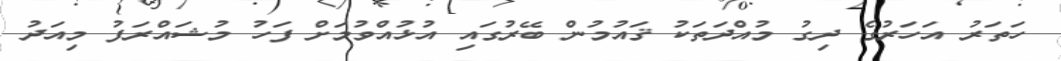
ހަތަރު އަހަރުގެ ދިގު މުއްދަތަކު ޤައުމުން ބޭރުގައި އުޅުއްވުމަށް ފަހު މުޝައްރަފު މިއަދު